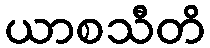
ယာစသီတိ